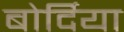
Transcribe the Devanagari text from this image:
बोर्दिया